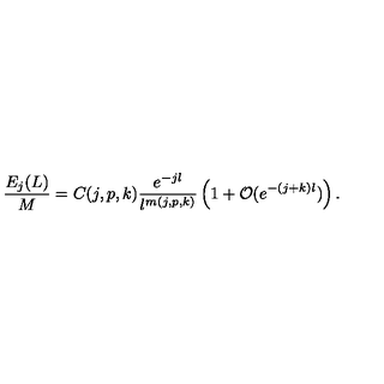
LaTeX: \frac { E _ { j } ( L ) } { M } = C ( j , p , k ) \frac { e ^ { - j l } } { l ^ { m ( j , p , k ) } } \left( 1 + { \mathcal { O } } ( e ^ { - ( j + k ) l } ) \right) .